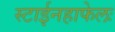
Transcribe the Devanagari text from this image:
स्टाईनहाफेलः